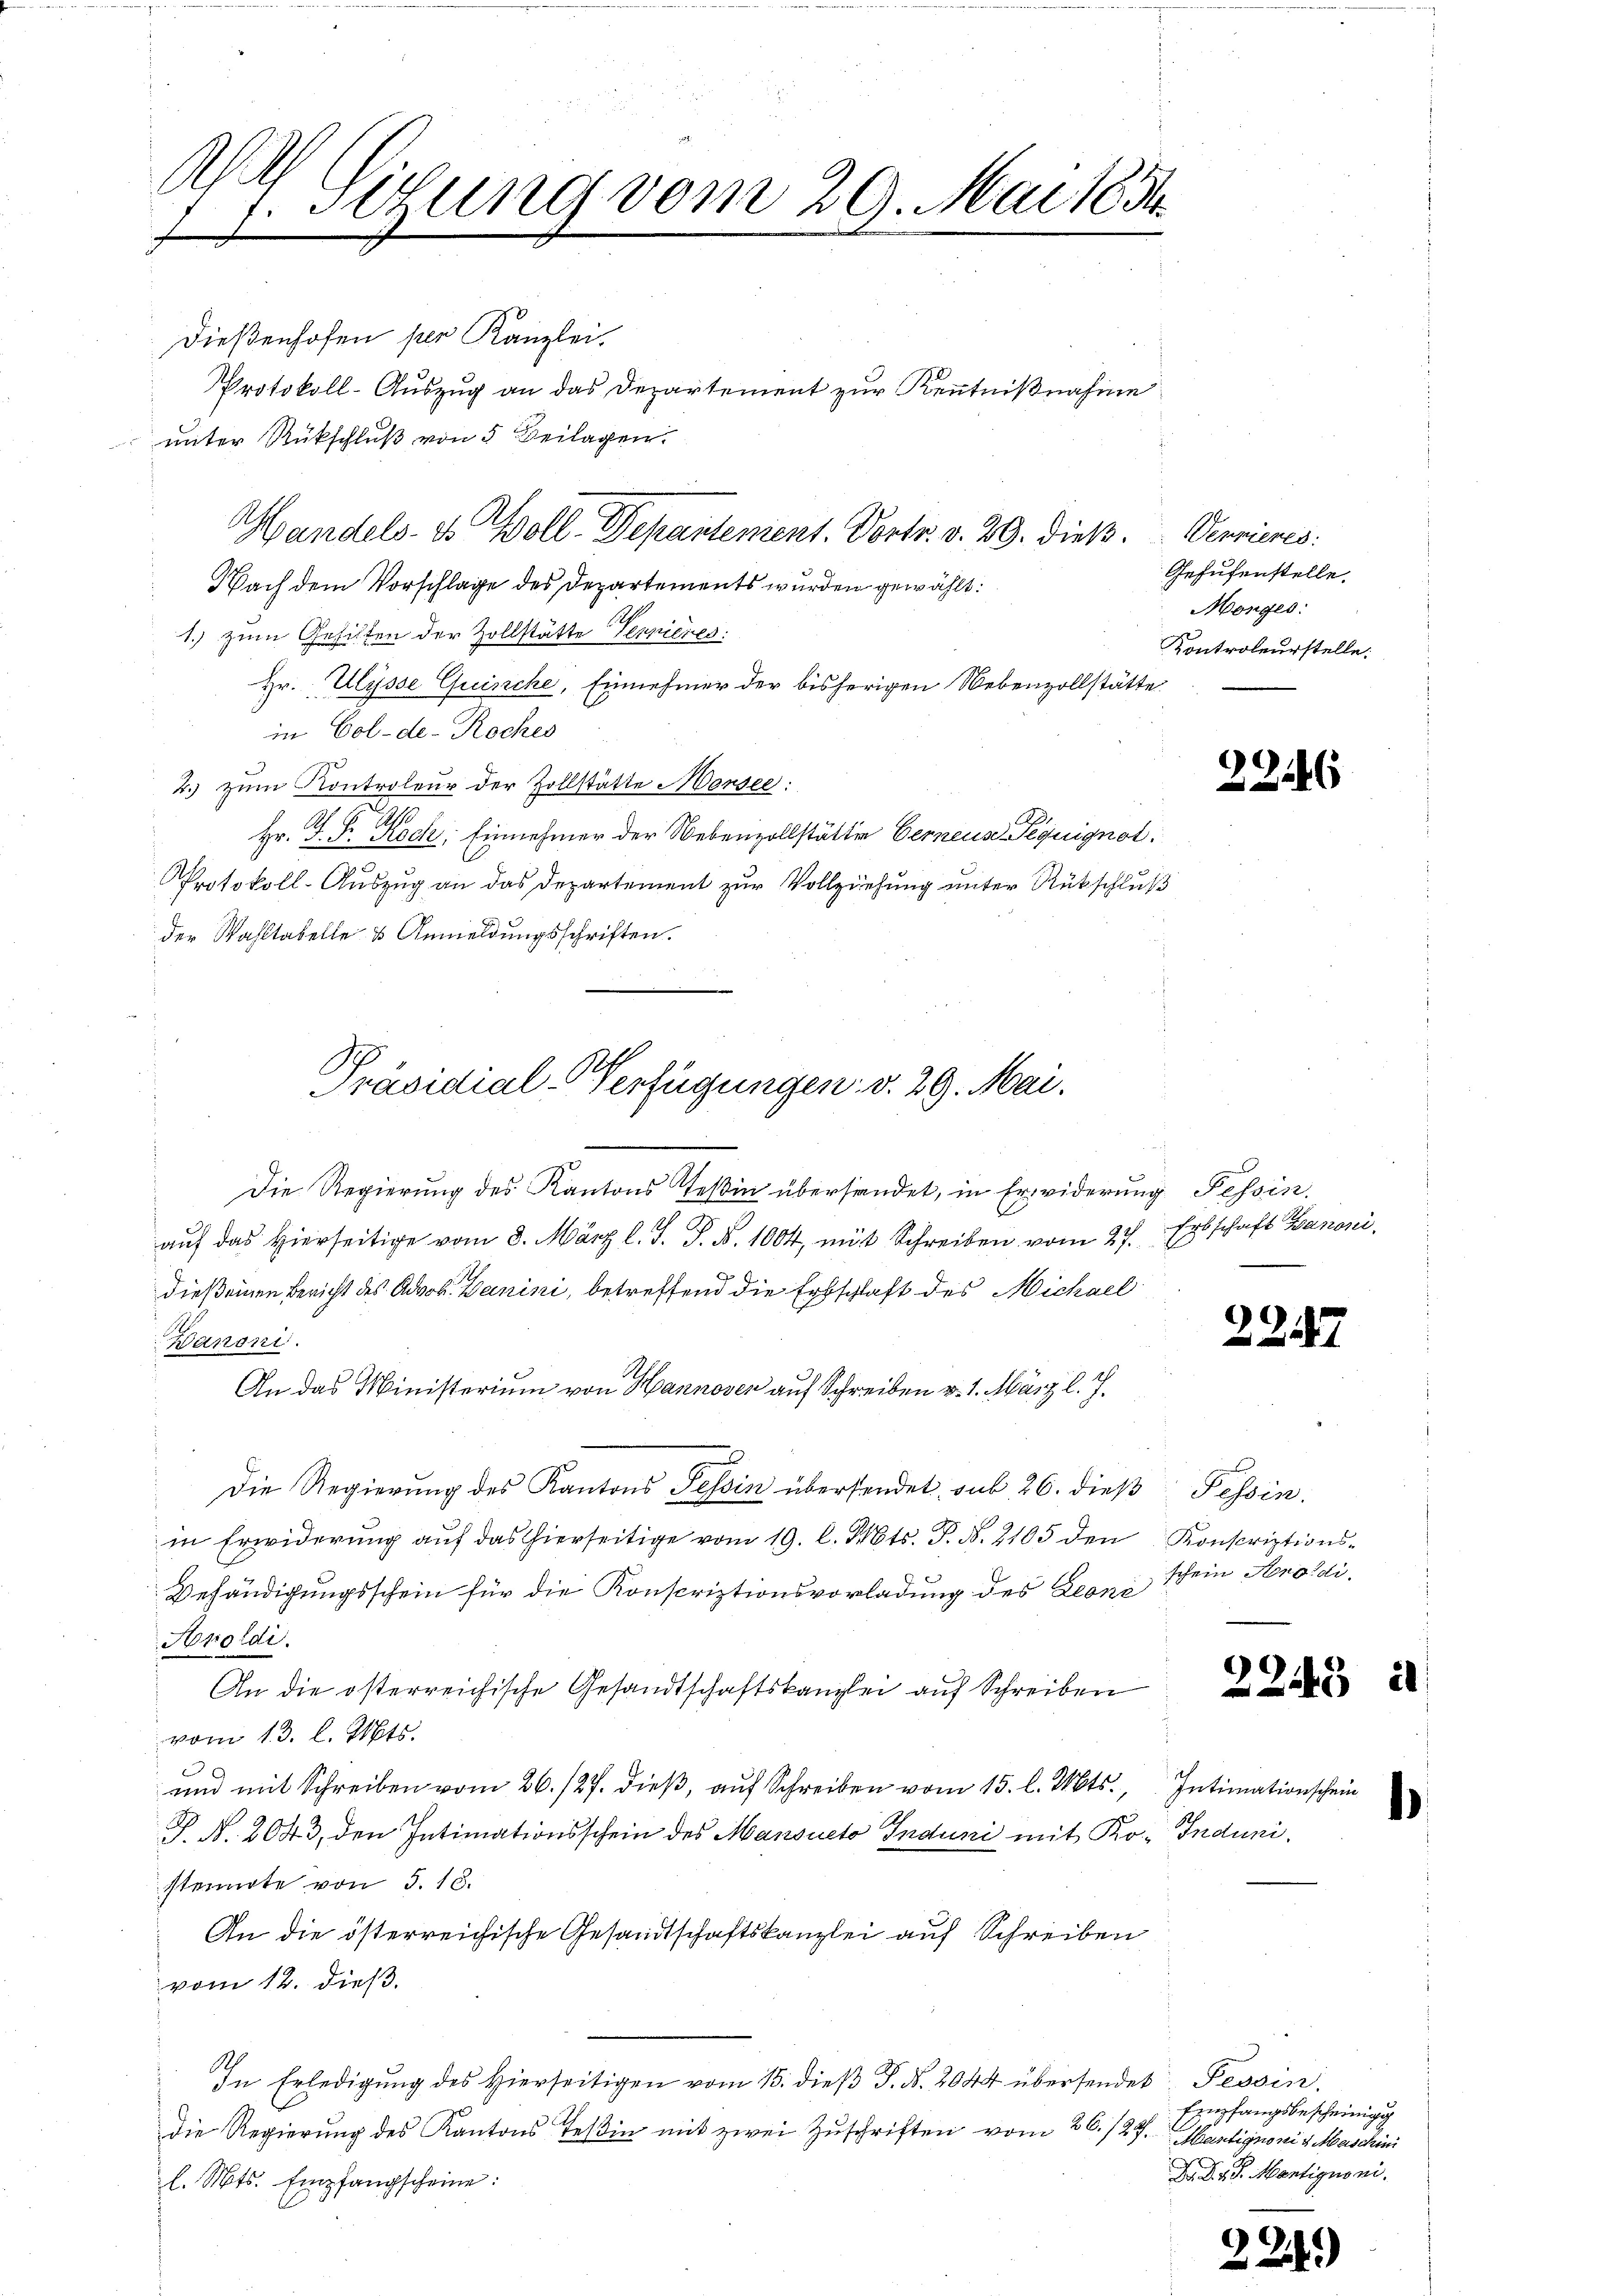
Ma
 Sitzung vom 29. Mai 185
x

Dießenhofen per Kanzlei.
Protokoll-Auszug an das Departement zur Kenntnißnahme
Handels- & Woll. Departement. Vortr. v. 29. Dieß. Vernieres:
Nach dem Vorschlage des Departements wurden gewählt:
1.) zum Gehilfen der Zollstätte Vernieres:
Hr. Ulysse Guische, Einnehmer der bisherigen Nebenzollstätte
in Col-de- Roches
2. zum Kontroleur der Zollstätte Morsee:
A. H. A
Hr. J. F. Roch, Einnehmer der Nebenzollstätten Gerneuse-Peguignot.
Protokoll-Auszug an das Departement zur Vollziehung unter Rückschluß
der Wahltabelle & Anmeldungsschriften.

unter Rückschluß von 5 Beilagen.

Präsidial-Verfügungen v. 29. Mai.

Die Regierung des Kantons Teßin überhandet, in Erwiderung Tessin.
auf das hierseitige vom 8. März l. J. J. R. 1004, mit Schreiben vom 27.
dieß einen Bericht des Advob. Danini, betreffend die Erbschlaft des Michael
Kanoni
An das Ministerium von Hannover auf Schreiben v. 1. März l. J.
Die Regierŭng des Kantons Tessin übersendet, sub 26. dieβ Tessin.
in Erwiderung auf das hierseitige vom 19. l. Mts. S. N. 2105 den Konscriptions¬
Behändigungsschein für die Konscriptionsvorladung des Leoni
Aroldi
An die österreichische Gesandtschaftskanzlei auf Schreiben
vom 13. l. Mts.
und mit Schreiben vom 26./27. dieß, auf Schreiben vom 15. l. Mts., Intimationschein
P. N. 2043, den Intimationsschein des Mansueto Induni mit Ko- Induni.
steinte von 5. 16.
An die österreichische Gesandtschaftskanzlei auf Schreiben
vom 12. dieß.
Ah
In Erledigung des Hierseitigen vom 13. dieß d. d. 2044 übersendet. Tessin
die Regierung des Kantons Teßin mit zwei Zuschriften vom 26./27. Martignori v. Maschini
l. Mts. Empfangscheine:

Gehufenstelle.
Monges:
Kontroleurstelle.

2246

Erbschaft Banoni.

2217

schein Aroidi.

2245 à

224.

Empfangsbescheinigg
.S. Martigus ni